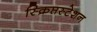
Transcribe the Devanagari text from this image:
स्क्रिप्तस्टेशन